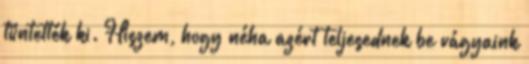
tüntették ki. Hiszem, hogy néha azért teljesednek be vágyaink